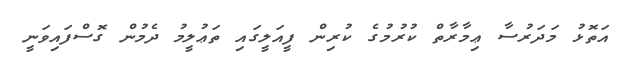
އަތޮޅު މަދަރުސާ ޢިމާރާތް ކުރުމުގެ ކުރިން ފީއަލީގައި ތަޢުލީމު ދެމުން ގޮސްފައިވަނީ